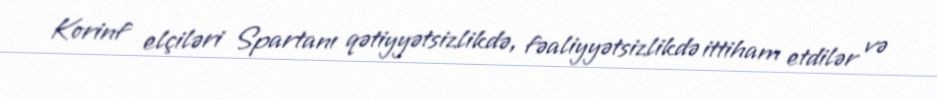
Korinf elçiləri Spartanı qətiyyətsizlikdə, fəaliyyətsizlikdə ittiham etdilər və